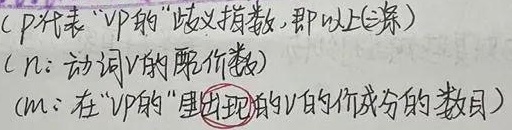
（\(P\)代表“\(VP\)的”歧义指数，即以上三条）（\(n\)：动词\(V\)的配价数）（\(m\)：在“\(VP\)的”里出现的\(V\)的价成分的数目）